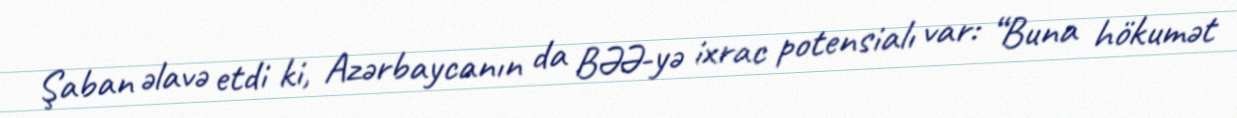
Şaban əlavə etdi ki, Azərbaycanın da BƏƏ-yə ixrac potensialı var: “Buna hökumət